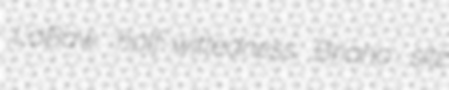
LaBaw half-wittedness Briano sitz